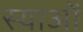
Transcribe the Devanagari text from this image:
स्याओं